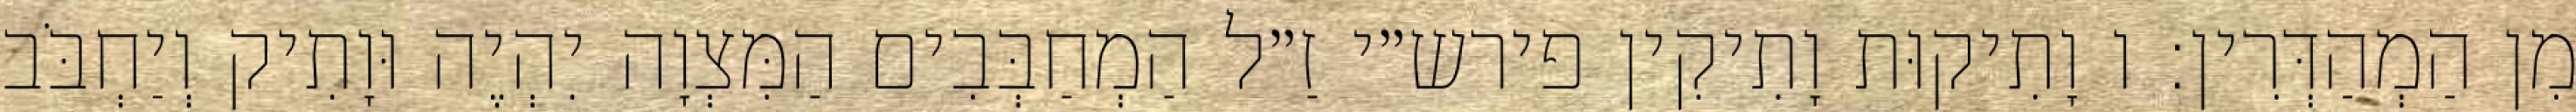
מִן הַמְהַדְּרִין: ו וָתִיקוּת וָתִיקִין פירש״י זַ״ל הַמְחַבְּבִים הַמִּצְוָה יִהְיֶה וּוָתִיק וְיַחְבֹּב